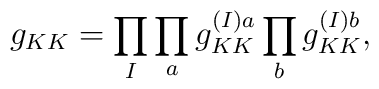
g_{KK}=\prod_I\prod_a g_{KK}^{(I)a} \prod_b g_{KK}^{(I)b},